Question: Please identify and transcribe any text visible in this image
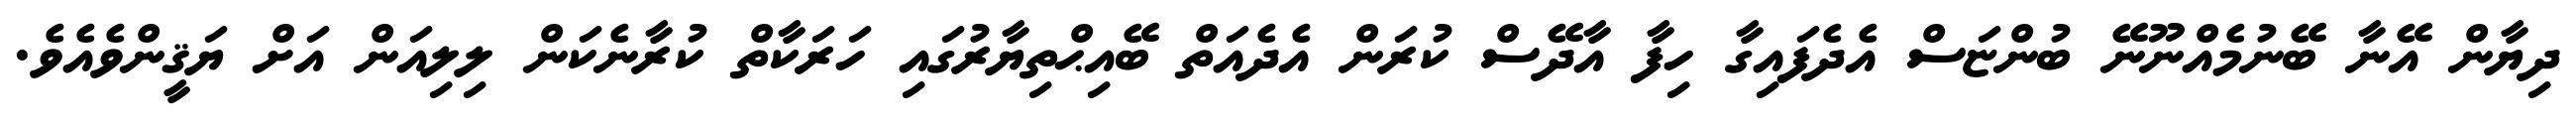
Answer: ދިޔާން އޭނާ ބޭނުމެއްނޫނޭ ބުންޏަސް އެދެފައިގާ ހިފާ އާދޭސް ކުރަން އެދެއަތް ބޭއިޙްތިޔާރުގައި ހަރަކާތް ކުރާނެކަން ލިލިއަން އަށް ޔަޤީންވެއެވެ.